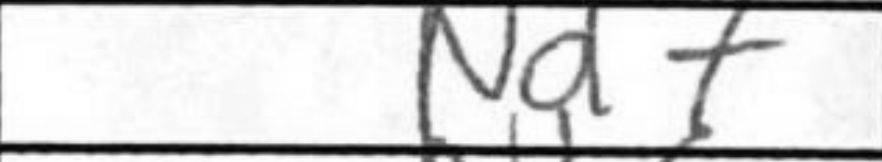
Transcription: Nd7